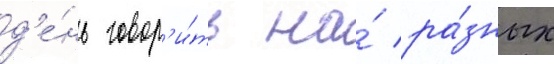
д'е́нь говор'и́ть на́ ра́зных